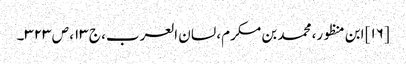
[۱۶] ابن منظور، محمد بن مکرم، لسان العرب، ج ۱۳، ص ۳۲۳۔